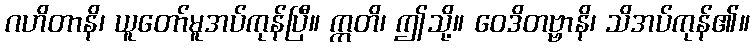
ဂဟိတာနိ၊ ယူတော်မူအပ်ကုန်ပြီ။ ဣတိ၊ ဤသို့။ ဝေဒိတဗ္ဗာနိ၊ သိအပ်ကုန်၏။